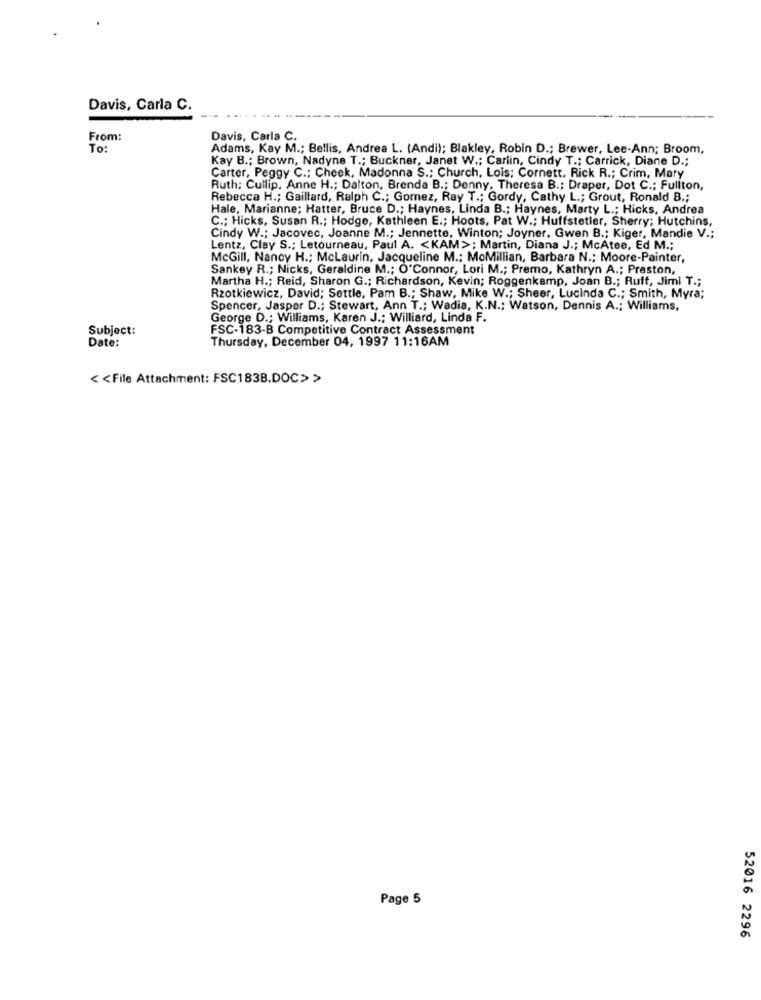
Davis, Carla C.
From:
Davis, Carla C.
To:
Adams, Kay M .; Bellis, Andrea L. (Andi); Blakley, Robin D .; Brewer, Lee-Ann; Broom,
Kay B .; Brown, Nadyne T .; Buckner, Janet W .; Carlin, Cindy T .; Carrick, Diane D .;
Carter, Peggy C .; Cheek, Madonna S .; Church, Lois; Cornett, Rick R .; Crim, Mary
Ruth; Cullip, Anne H .; Dalton, Brenda B .; Denny, Theresa B .; Draper, Dot C .; Fullton,
Rebecca H .; Gaillard, Ralph C .; Gomez, Ray T .; Gordy, Cathy L .; Grout, Ronald B .;
Hale, Marianne; Hatter, Bruce D .; Haynes, Linda B .; Haynes, Marty L .; Hicks, Andrea
C .; Hicks, Susan R .; Hodge, Kathleen E .; Hoots, Pat W .; Huffstetler, Sherry; Hutchins,
Cindy W .; Jacovec, Joanne M .; Jennette, Winton; Joyner, Gwen B .; Kiger, Mandie V .;
Lentz, Clay S .; Letourneau, Paul A. < KAM> ; Martin, Diana J .; McAtee, Ed M .;
McGill, Nancy H .; McLaurin, Jacqueline M .: MoMillian, Barbara N .; Moore-Painter,
Sankey R .; Nicks, Geraldine M .; O'Connor, Lori M .; Premo, Kathryn A .; Preston,
Martha H .; Reid, Sharon G .; Richardson, Kevin; Roggenkamp, Joan B .; Ruff, Jimi T .;
Rzotkiewicz, David; Settle, Pam B .; Shaw, Mike W .; Sheer, Lucinda C .; Smith, Myra;
Spencer, Jasper D .; Stewart, Ann T .; Wadia, K.N .: Watson, Dennis A .; Williams,
George D .; Williams, Karen J .; Williard, Linda F.
Subject:
FSC-183-B Competitive Contract Assessment
Date:
Thursday, December 04, 1997 11:16AM
<< File Attachment: FSC183B.DOC> >
Page 5
52016 2296